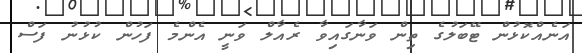
އަނެއްކޮޅުން ޓޭބަލުގެ ތިން ވަނާގައިވާ ރެއާލް ވަނީ އެންމެ ފަހުން ކުޅުނު ފަސް